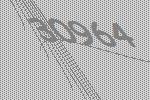
30964